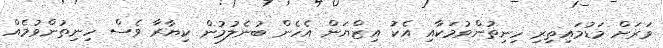
ވަރަށް މަޑުމައިތިރި ހިނިތުންވުމަކާއި އެކު އިޒްޔަން އެހެން ބުނެލުމުން ކިޔާރާ ވެސް ހިނިތުންވުމެއް